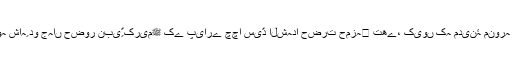
آپ نے فرمایا: میرے خیال میں وہ شاہِ دو جہاں حضور نبیِّ کریمﷺ کے پیارے چچا سیّد الشہدا حضرت حمزہ﷜ تھے، کیوں کہ مدینۂ منورہ کی ولایت انہی کے سپرد ہے۔